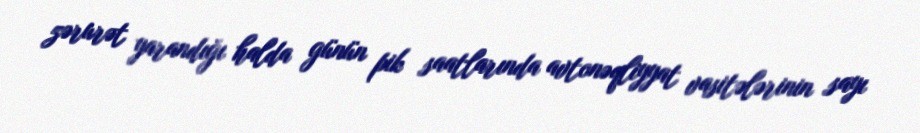
zərurət yarandığı halda günün pik saatlarında avtonəqliyyat vasitələrinin sayı